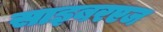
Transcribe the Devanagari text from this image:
साइबरएज